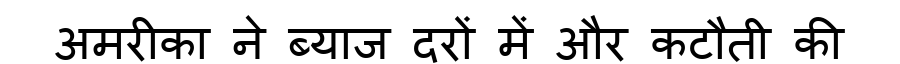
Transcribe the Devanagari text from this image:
अमरीका ने ब्याज दरों में और कटौती की